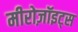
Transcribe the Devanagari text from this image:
मीरोज़ॉइट्स